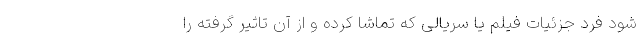
شود فرد جزئیات فیلم یا سریالی که تماشا کرده و از آن تاثیر گرفته را